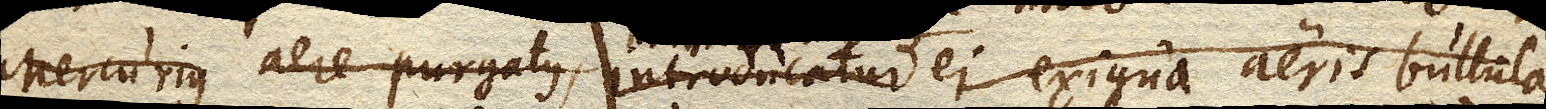
Mercurius liquor aere purgatus, introducatur immittatur ei exigua aeris bullula,